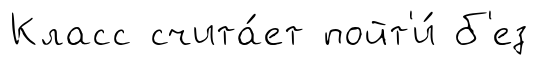
Класс счита́ет пойт'и́ б'ез